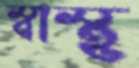
স্বাস্থ